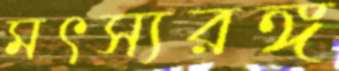
মৎস্যরঙ্গ